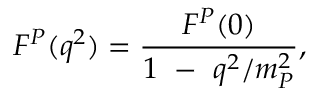
F ^ { P } ( q ^ { 2 } ) = \frac { F ^ { P } ( 0 ) } { 1 ~ - ~ q ^ { 2 } / m _ { P } ^ { 2 } } ,